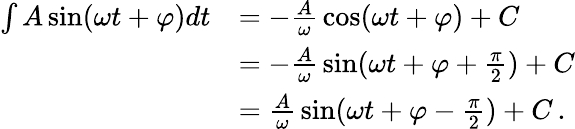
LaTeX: {\begin{array}{rl}{\int A\sin(\omega t+\varphi)dt}&{=-{\frac{A}{\omega}}\cos(\omega t+\varphi)+C}\\ &{=-{\frac{A}{\omega}}\sin(\omega t+\varphi+{\frac{\pi}{2}})+C}\\ &{={\frac{A}{\omega}}\sin(\omega t+\varphi-{\frac{\pi}{2}})+C\, .}\end{array}}